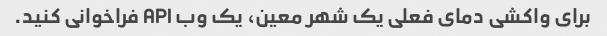
برای واکشی دمای فعلی یک شهر معین، یک وب API فراخوانی کنید.